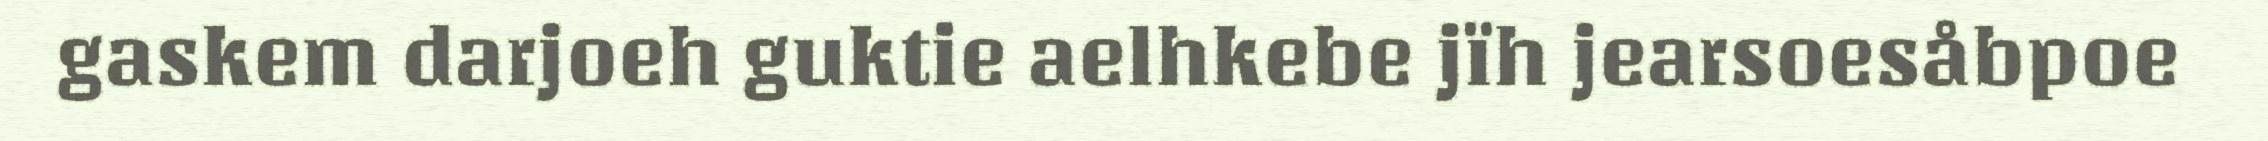
gaskem darjoeh guktie aelhkebe jïh jearsoesåbpoe